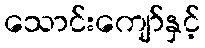
သောင်းကျော်နှင့်